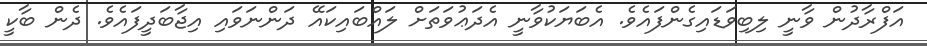
އަފްރާދުން ވާނީ ލިބިވަޑައިގެންފައެވެ. އެބަޔަކުވާނީ އެދަޢުވަތަށް ލައްބައިކައޭ ދަންނަވައި އިޖާބަދީފައެވެ. ދެން ބާކީ